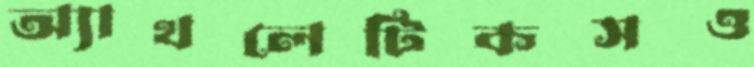
অ্যাথলেটিকসও